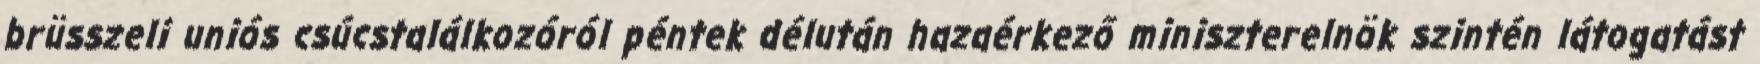
brüsszeli uniós csúcstalálkozóról péntek délután hazaérkező miniszterelnök szintén látogatást